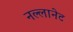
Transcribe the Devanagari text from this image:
नल्लानेट